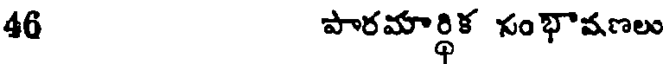
46 పారమార్థిక సంభావణలు